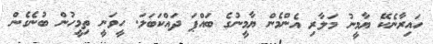
ހައިރާނެކޭ ޔާމީނު މަލާރި އެންމެން ޔާމީނުގެ ބައްޕަ ދައްކަބަލަ. ހީވަނީ ތިމީހުން ބުނެގެން